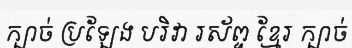
ក្បាច់ ប្រឡែង បរិវា រស័ព្ទ ខ្មែរ ក្បាច់